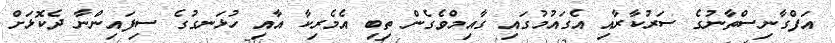
އަފްގާނިސްތާނުގެ ސަރުކާރާއި އެގައުމުގައި ގާއިމްވެގެން ތިބި އެމެރިކާ އާއި ހުޅަނގުގެ ސިފައިންނާ ދެކޮޅަށް